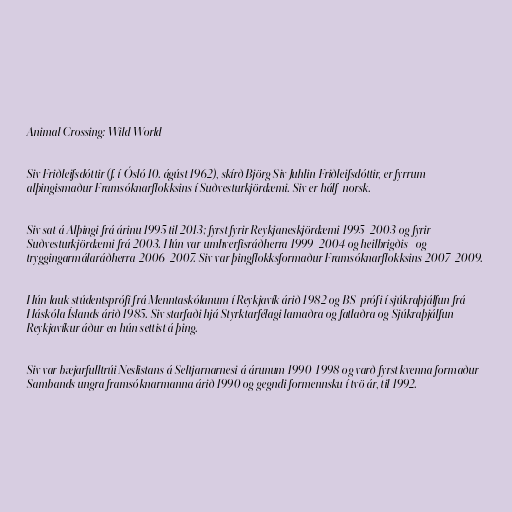
Animal Crossing: Wild World

Siv Friðleifsdóttir (f. í Ósló 10. ágúst 1962), skírð Björg Siv Juhlin Friðleifsdóttir, er fyrrum
alþingismaður Framsóknarflokksins í Suðvesturkjördæmi. Siv er hálf-norsk.

Siv sat á Alþingi frá árinu 1995 til 2013; fyrst fyrir Reykjaneskjördæmi 1995-2003 og fyrir
Suðvesturkjördæmi frá 2003. Hún var umhverfisráðherra 1999-2004 og heilbrigðis- og
tryggingarmálaráðherra 2006-2007. Siv var þingflokksformaður Framsóknarflokksins 2007-2009.

Hún lauk stúdentsprófi frá Menntaskólanum í Reykjavík árið 1982 og BS-prófi í sjúkraþjálfun frá
Háskóla Íslands árið 1985. Siv starfaði hjá Styrktarfélagi lamaðra og fatlaðra og Sjúkraþjálfun
Reykjavíkur áður en hún settist á þing.

Siv var bæjarfulltrúi Neslistans á Seltjarnarnesi á árunum 1990-1998 og varð fyrst kvenna formaður
Sambands ungra framsóknarmanna árið 1990 og gegndi formennsku í tvö ár, til 1992.